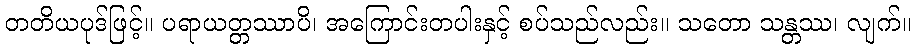
တတိယပုဒ်ဖြင့်။ ပရာယတ္တဿာပိ၊ အကြောင်းတပါးနှင့် စပ်သည်လည်း။ သတော သန္တဿ၊ လျက်။